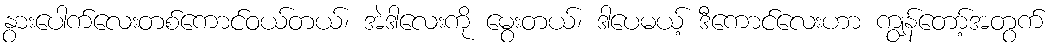
နွားပေါက်လေးတစ်ကောင်ဝယ်တယ်၊ အဲဒါလေးကို မွေးတယ်၊ ဒါပေမယ့် ဒီကောင်လေးဟာ ကျွန်တော့်အတွက်